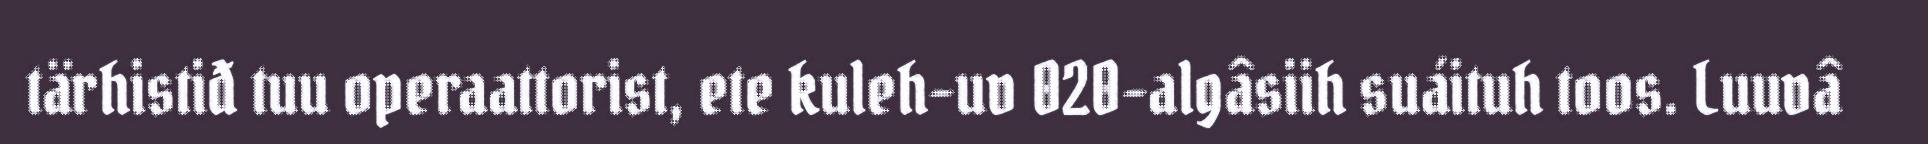
tärhistiđ tuu operaattorist, ete kuleh-uv 020-algâsiih suáituh toos. Luuvâ